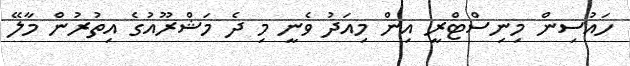
ހައުސިން މިނިސްޓްރީ އިން މިއަދު ވެނީ މި ދެ މަޝްރޫއުގެ އިތުރުން މާލޭ